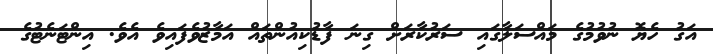
އަގު ހެޔޮ ނުވުމުގެ މައްސަލާގައި ސަރުކާރަށް ގިނަ ފާޑުކިއުންތައް އަމާޒުވެފައިވެ އެވެ. އިންޓަނެޓުގެ